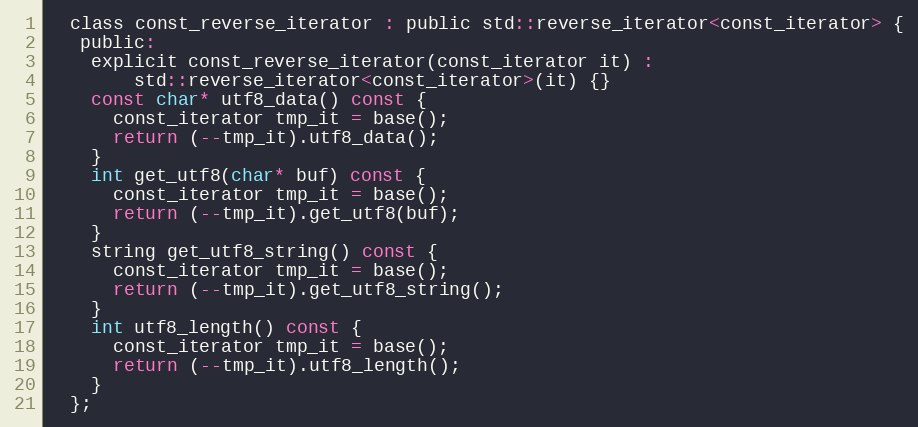
Language: C
  class const_reverse_iterator : public std::reverse_iterator<const_iterator> {
   public:
    explicit const_reverse_iterator(const_iterator it) :
        std::reverse_iterator<const_iterator>(it) {}
    const char* utf8_data() const {
      const_iterator tmp_it = base();
      return (--tmp_it).utf8_data();
    }
    int get_utf8(char* buf) const {
      const_iterator tmp_it = base();
      return (--tmp_it).get_utf8(buf);
    }
    string get_utf8_string() const {
      const_iterator tmp_it = base();
      return (--tmp_it).get_utf8_string();
    }
    int utf8_length() const {
      const_iterator tmp_it = base();
      return (--tmp_it).utf8_length();
    }
  };